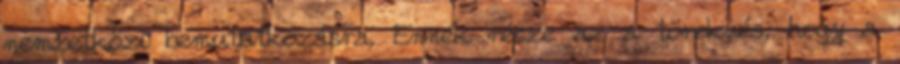
nemzetközi bemutatkozásra. Ennek része az a törekvés, hogy a